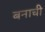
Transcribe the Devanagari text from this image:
बनाची